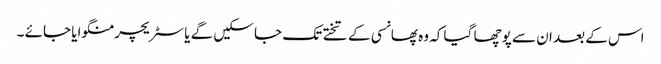
اس کے بعد ان سے پوچھا گیا کہ وہ پھانسی کے تختے تک جا سکیں گے یا سٹریچر منگوایا جائے ۔